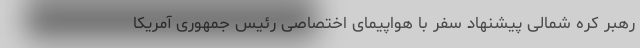
رهبر کره شمالی پیشنهاد سفر با هواپیمای اختصاصی رئیس جمهوری آمریکا